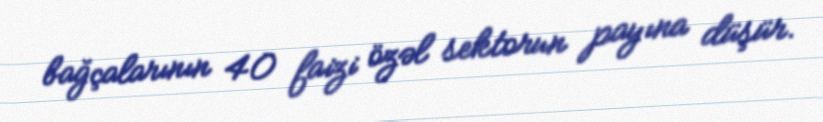
bağçalarının 40 faizi özəl sektorun payına düşür.